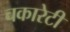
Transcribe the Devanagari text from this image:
चकारेटी